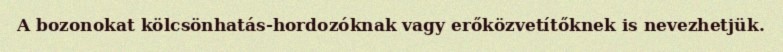
A bozonokat kölcsönhatás-hordozóknak vagy erőközvetítőknek is nevezhetjük.